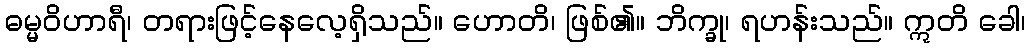
ဓမ္မဝိဟာရီ၊ တရားဖြင့်နေလေ့ရှိသည်။ ဟောတိ၊ ဖြစ်၏။ ဘိက္ခု၊ ရဟန်းသည်။ ဣတိ ခေါ၊